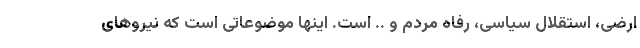
ارضی، استقلال سیاسی، رفاه مردم و .. است. اینها موضوعاتی است که نیروهای